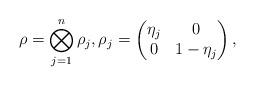
LaTeX: \begin{align*} \rho = \bigotimes_{j=1}^n \rho_j, \rho_j = \begin{pmatrix} \eta_j & 0 \\ 0 & 1-\eta_j \end{pmatrix}, \end{align*}